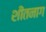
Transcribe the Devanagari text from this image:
शीतनाग